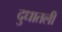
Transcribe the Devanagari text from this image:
दुधातली